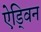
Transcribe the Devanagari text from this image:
ऐड्विन